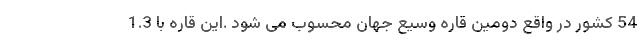
54 کشور در واقع دومین قاره وسیع جهان محسوب می شود .این قاره با 1.3